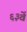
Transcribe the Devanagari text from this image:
६३वें